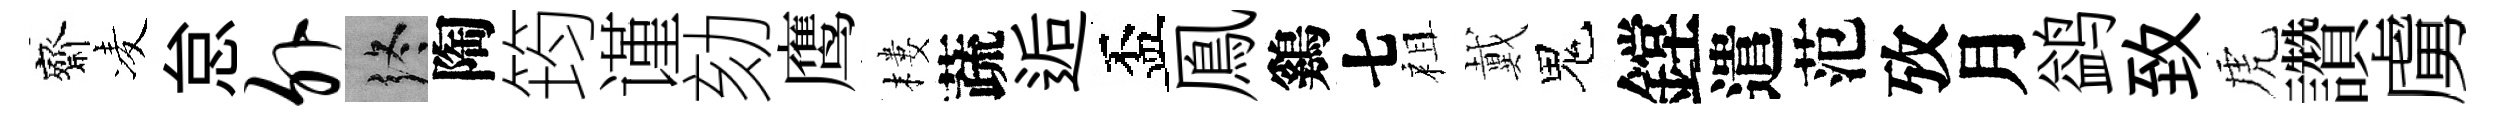
齋凌怠外终陶筠谨劾鹰樓蔬逅盃鳯鷄七祖戴鬼鏜遣范攷月鹢致虎讚虜